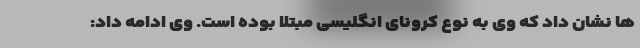
ها نشان داد که وی به نوع کرونای انگلیسی مبتلا بوده است. وی ادامه داد: